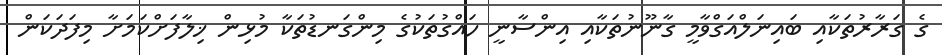
ގެ ގަރާރުތަކާއި ބައިނަލްއަގްވާމީ ގާނޫނުތަކާއި އިންސާނީ ހައްގުތަކުގެ މިންގަނޑުތަކާ މުޅިން ޚިލާފަށްކަމަށާ މިފަދަކަން